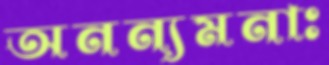
অনন্যমনাঃ